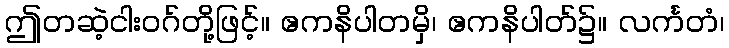
ဤတဆဲ့ငါးဝဂ်တို့ဖြင့်။ ဧကနိပါတမှိ၊ ဧကနိပါတ်၌။ လင်္ကတံ၊